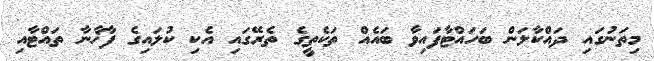
މިތަނުގައިި ދައްކާލަން ބަހައްޓާފައިވާ ބައެއް ތަކެތީގެ ތެރޭގައި އެކި ކުލައިގެ ފާޚާނާ ތައްޓާއި